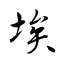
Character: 埃